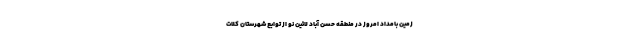
زمین بامداد امروز در منطقه حسن آباد لائین نو از توابع شهرستان کلات